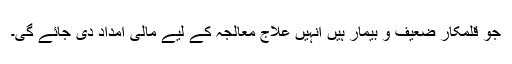
جو قلمکار ضعیف و بیمار ہیں اُنہیں علاج معالجہ کے لیے مالی امداد دی جائے گی۔